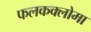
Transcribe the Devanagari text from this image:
फलकक्लोमा